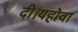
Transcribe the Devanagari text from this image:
दी।यहोवा